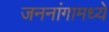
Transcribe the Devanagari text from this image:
जननांगामध्ये